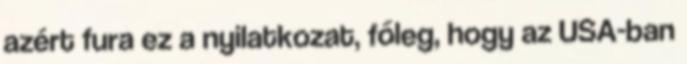
azért fura ez a nyilatkozat, főleg, hogy az USA-ban